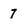
Character: 7